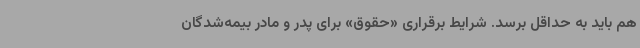
هم باید به حداقل برسد. شرایط برقراری «حقوق» برای پدر و مادر بیمه‌شدگان